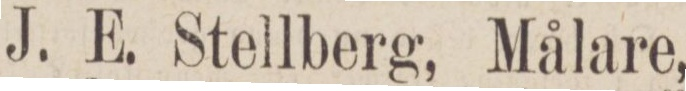
J. E. Stellberg, Målare,